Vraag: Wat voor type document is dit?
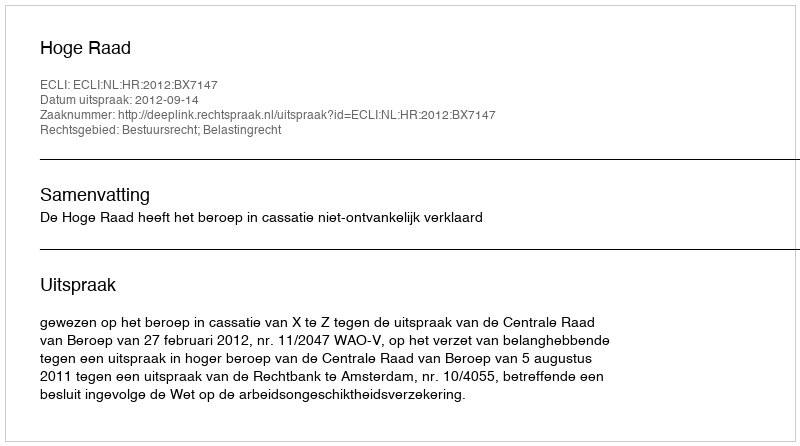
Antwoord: Uitspraak